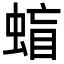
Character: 䗈